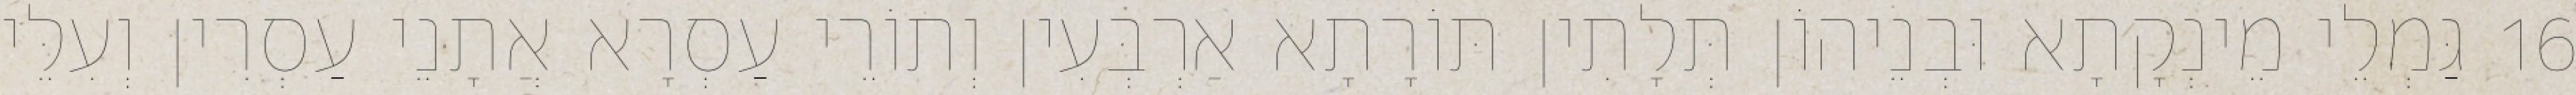
16 גַּמְלֵי מֵינְקָתָא וּבְנֵיהוֹן תְּלָתִין תּוֹרָתָא אַרְבְּעִין וְתוֹרֵי עַסְרָא אֲתָנֵי עַסְרִין וְעִלֵּי